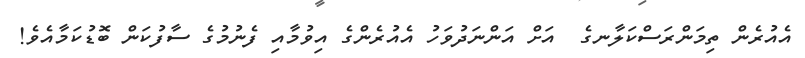
އެއުރެން ތިމަންރަސްކަލާނގެ  އަށް އަންނަދުވަހު އެއުރެންގެ އިވުމާއި ފެނުމުގެ ސާފުކަން ބޮޑުކަމާއެވެ!